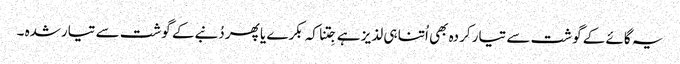
یہ گائے کے گوشت سے تیار کردہ بھی اُتنا ہی لذیز ہے جِتنا کہ بکرے یا پھر دُنبےکے گوشت سے تیارشدہ ۔